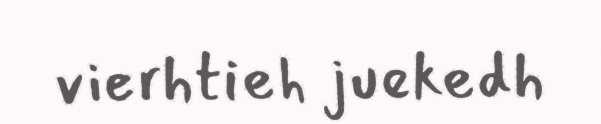
vierhtieh juekedh